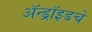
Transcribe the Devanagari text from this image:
ॲन्ड्रॉइडचे